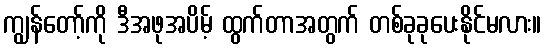
ကျွန်တော့်ကို ဒီအဖုအပိမ့် ထွက်တာအတွက် တစ်ခုခုပေးနိုင်မလား။